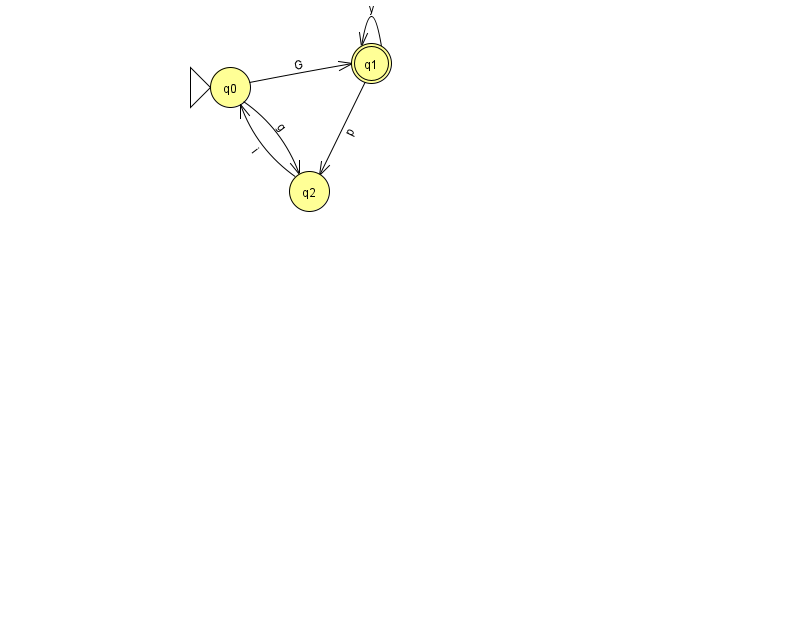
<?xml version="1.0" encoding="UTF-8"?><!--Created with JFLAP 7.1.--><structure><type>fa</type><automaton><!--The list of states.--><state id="0" name="q0"><x>230.0</x><y>74.0</y><initial/></state><state id="1" name="q1"><x>371.0</x><y>50.0</y><final/></state><state id="2" name="q2"><x>309.0</x><y>178.0</y></state><!--The list of transitions.--><transition><from>0</from><to>1</to><read>G</read></transition><transition><from>0</from><to>2</to><read>g</read></transition><transition><from>1</from><to>2</to><read>p</read></transition><transition><from>1</from><to>1</to><read>y</read></transition><transition><from>2</from><to>0</to><read>i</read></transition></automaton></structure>